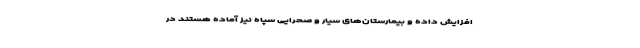
افزایش داده و بیمارستان‌های سیار و صحرایی سپاه نیز آماده هستند در